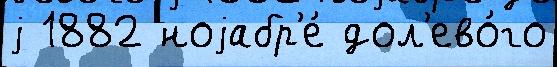
j 1882 ноjабр'е́ дол'ево́го